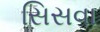
સિસવા